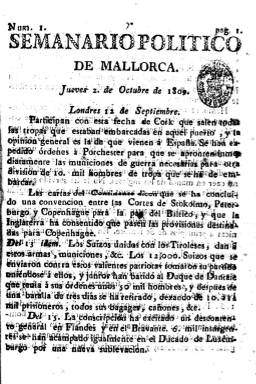
Título: Semanario político de Mallorca
Otros títulos: El Extraordinario político mallorquín
Colección: Periódicos anteriores a 1850
Ámbito geográfico: España
Lugar de publicación: [S.l.]
Fechas: 02/10/1809-03/07/1810

La cabecera de esta publicación forma una colección singular de prensa histórica del periodo de la Guerra Independencia (1808-1814) al ir alternándola sus promotores y editores –cuyos nombres se desconocen- con la del título El Extraordinario político mallorquín, así como a algunas entregas con el de Suplemento al Semanario político de Mallorca y Suplemento al Extraordinario político…, que, al llevar todos ellos una misma secuencia correlativa numérica de sus entregas y una misma foliación continuada, forma un tomo con un total de 320 páginas. Bajo la cabecera de cada número de El Extraordinario… se indica además que “para agregar al semanario” de la misma fecha. El primer número lleva el título de Semanario… y fecha del 2 de octubre de 1809, tratándose de un error en la indicación del mes, pues el número 2, que corresponde a El Extraordinario…, lleva la del 2 de noviembre, que debe ser considerada la fecha de inicio de publicación para ambos títulos.

El número de páginas de las entregas de los dos títulos principales también se alternan, pues si uno es de cuatro, el otro será de ocho, o viceversa, siendo los escasos suplementos de uno u otro de tan sólo una hoja, es decir, de dos páginas. Ya en la primera entrega se señala que se publicaban “Con superior permiso” en [Palma de] Mallorca, en la Imprenta Real, aunque estas indicaciones no aparezcan en todas las entregas, siendo su formato en 4º, y componiéndose los textos a una columna, como era habitual en la prensa de la época. Con una periodicidad semanal, empezó saliendo los jueves, para después hacerlo también en martes, sábado, o domingo, pues su salida quedaba sujeta al acopio de “noticias ciertas o interesadas” de España o del extranjero que llegaban a Mallorca, y que generalmente se tomaban de las gacetas de Valencia y Cataluña o de otros periódicos de Sevilla, Málaga, Granada o Murcia.

Se ha indicado que fue de “ideología liberal” (Antoni Marimón: 1991), aunque Antonio del Arco (1914) señalara que “fue más periódico literario y de información que político”. Se trata de un periódico interesado en las noticias bélicas de las guerras napoleónicas en España y en Europa, pero también ofrece otras de la ciudad en la sección Noticias del país o Avisos. No publica apenas artículos doctrinales, aunque resulta interesante el que aparece bajo el epígrafe Discurso político, abogando por la independencia, y resalta también de esta colección algunos denominados artículos remitidos escritos en mallorquín. También inserta cartas de residentes en la península dirigidas a sus familiares en Mallorca, con algunas anotaciones antinapoleónicas, y algunas listas de personas favorecidas por el régimen “opresor”. Según Roselló Pòrcel (1930), por su lectura da la impresión de que sus redactores escribían sin simpatía por las causas que defendían, aspecto que contrastaba con los que escribían en el coetáneo Diario de Mallorca (1808-1814), que eran más incisivos en su antinapoleonismo.

En su número 44, de tres de abril de 1810, anuncia la suspensión del Semanario… y a partir de entonces sólo seguirá publicándose El Extraordinario..., en entregas de sólo cuatro páginas. El último que se publica es el 58, correspondiente al martes, tres de julio de 1810. Las suscripciones eran recibidas en la casa de don Nicolás Carbonell. Las referencias a esta colección, además de las ya citadas, corresponden a las obras de Bover (1862), Gómez Ímaz (1910), Moliner Prada (1981), Gil Novales (2009) o Valentí Valenciano López (2010).